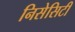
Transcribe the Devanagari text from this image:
निसेसिटी